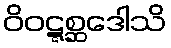
ဝိဝဋ္ဋစ္ဆဒေါသိ